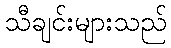
သီချင်းများသည်